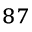
^ { 8 7 }